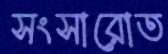
সংসারোত